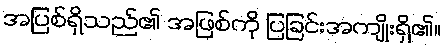
အပြစ်ရှိသည်၏ အဖြစ်ကို ပြခြင်းအကျိုးရှိ၏။